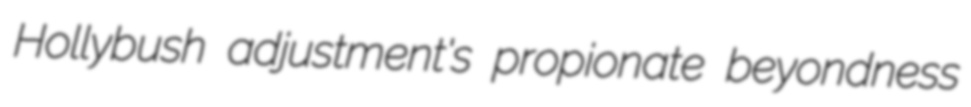
Hollybush adjustment's propionate beyondness